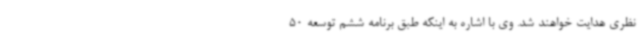
نظری هدایت خواهند شد. وی با اشاره به اینکه طبق برنامه ششم توسعه 50